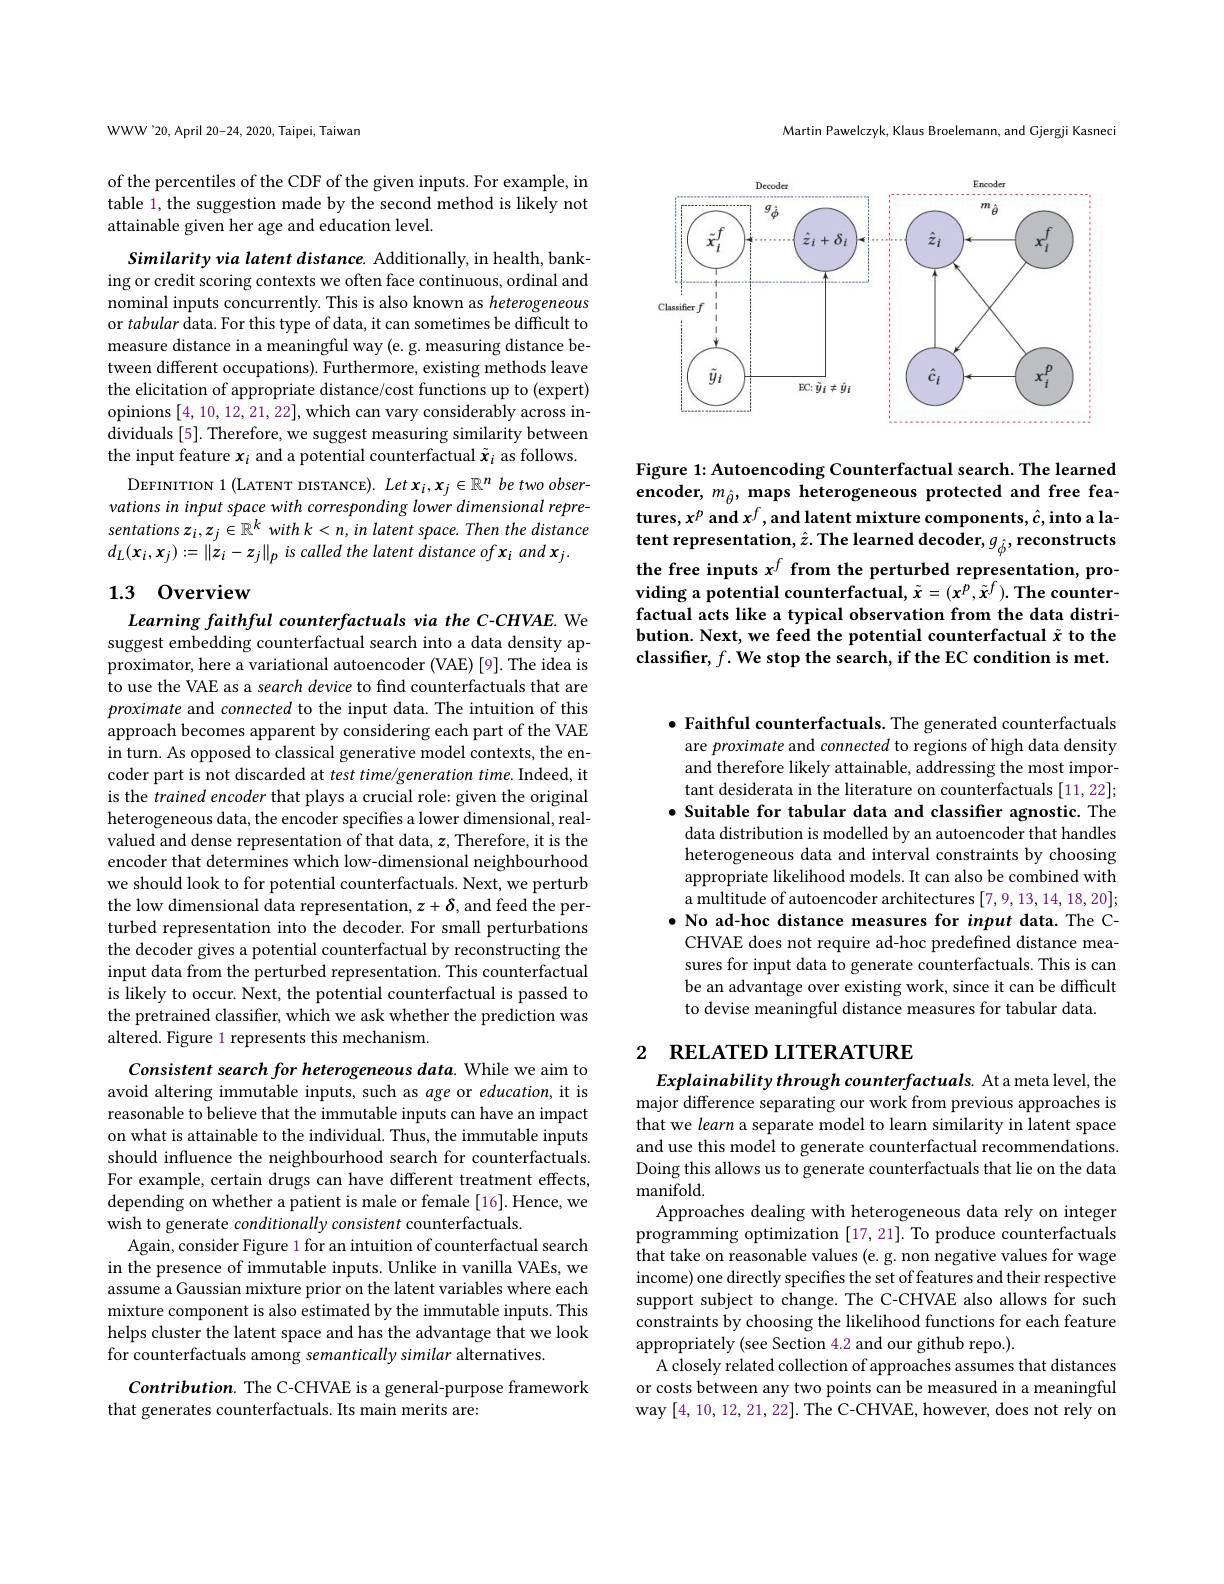
Martin Pawelczyk, Klaus Broelemann, and Cjergji Kasneci

<FigureHere>

Figure 1: Autoencoding Counterfactual search. The learned encoder, $m_{\hat{\theta } }, \textbf{maps heterogeneous protected and free fea- }$ tures, $x^p$ and $x^f$, and latent mixture components$,\hat{c}$,into a latent representation, $\hat{z}.$ The learned decoder, $g_{\hat{\phi}}$, reconstructs the free inputs $x^f$ from the perturbed representation, providing a potential counterfactual, $\tilde{x}=(x^p,\tilde{x}^f).$ The counterfactual acts like a typical observation from the data distribution. Next, we feed the potential counterfactual $\tilde{x}$ to the $\textbf{classifier, }f. \textbf{We stop the search, if the EC condition is met. }$

WWW'20, April 20-24, 2020, Taipei, Taiwan

of the percentiles of the CDF of the given inputs. For example, in table 1, the suggestion made by the second method is likely not attainable given her age and education level.

Similarity via latent distance. Additionally, in health, banking or credit scoring contexts we often face continuous, ordinal and nominal inputs concurrently. This is also known as heterogeneous or tabular data. For this type of data, it can sometimes be difficult to measure distance in a meaningful way (e. g. measuring distance between different occupations). Furthermore, existing methods leave the elicitation of appropriate distance/cost functions up to (expert) opinions [4,10,12,21,22],which can vary considerably across individuals [5]. Therefore, we suggest measuring similarity between the input feature $x_i$ and a potential counterfactual $\tilde{x}_i$ as follows.
DEFINITION 1 (LATENT DISTANCE). Let $x_i, x_j\in \mathbb{R} ^n$ be two observations in input space with corresponding lower dimensional representations $z_i,z_j\in\mathbb{R}^k$ with $k<n,in$ latent space. Then the distance $d_{L}(\boldsymbol{x}_{i},\boldsymbol{x}_{j}):=\|\boldsymbol{z}_{i}-z_{j}\|_{p}$ is called the latent distance of $\boldsymbol{x}_{i}$ and $\boldsymbol{x}_{j}.$

## 1.3 0verview

Learning faithful counterfactuals via the C-CHVAE. We suggest embedding counterfactual search into a data density approximator, here a variational autoencoder (VAE) [9]. The idea is to use the VAE as a search device to find counterfactuals that are proximate and connected to the input data. The intuition of this approach becomes apparent by considering each part of the VAE in turn. As opposed to classical generative model contexts, the encoder part is not discarded at test time/generation time. Indeed, it is the trained encoder that plays a crucial role: given the original heterogeneous data, the encoder specifies a lower dimensional, realvalued and dense representation of that data, $z$,Therefore, it is the encoder that determines which low-dimensional neighbourhood we should look to for potential counterfactuals. Next, we perturb the low dimensional data representation, $z+\delta$, and feed the perturbed representation into the decoder. For small perturbations the decoder gives a potential counterfactual by reconstructing the input data from the perturbed representation. This counterfactual is likely to occur. Next, the potential counterfactual is passed to the pretrained classifier, which we ask whether the prediction was altered. Figure 1 represents this mechanism.

Consistent search for heterogeneous data. While we aim to avoid altering immutable inputs, such as age or education, it is reasonable to believe that the immutable inputs can have an impact on what is attainable to the individual. Thus, the immutable inputs should influence the neighbourhood search for counterfactuals. For example, certain drugs can have different treatment effects, depending on whether a patient is male or female [16]. Hence, we wish to generate conditionally consistent counterfactuals.
Again, consider Figure 1 for an intuition of counterfactual search in the presence of immutable inputs. Unlike in vanilla VAEs, we assume a Gaussian mixture prior on the latent variables where each mixture component is also estimated by the immutable inputs. This helps cluster the latent space and has the advantage that we look for counterfactuals among semantically similar alternatives.

Contribution. The C-CHVAE is a general-purpose framework
that generates counterfactuals. Its main merits are:

$\bullet$ Faithful counterfactuals. The generated counterfactuals are proximate and connected to regions of high data density and therefore likely attainable, addressing the most important desiderata in the literature on counterfactuals [11,22]; $\bullet$ Suitable for tabular data and classifier agnostic. The data distribution is modelled by an autoencoder that handles heterogeneous data and interval constraints by choosing appropriate likelihood models. It can also be combined with a multitude of autoencoder architectures [7,9,13,14,18,20]; $\bullet$ No ad-hoc distance measures for input data. The CCHVAE does not require ad-hoc predefined distance measures for input data to generate counterfactuals. This is can be an advantage over existing work, since it can be difficult to devise meaningful distance measures for tabular data.

# 2 $\textbf{RELATED LITERATURE}$

Explainability through counterfactuals. At a meta level, the major difference separating our work from previous approaches is that we learn a separate model to learn similarity in latent space and use this model to generate counterfactual recommendations. Doing this allows us to generate counterfactuals that lie on the data manifold
Approaches dealing with heterogeneous data rely on integer programming optimization [17,21]. To produce counterfactuals that take on reasonable values (e. g. non negative values for wage income) one directly specifies the set of features and their respective support subject to change. The C-CHVAE also allows for such constraints by choosing the likelihood functions for each feature $\operatorname{appropriately}\left(\text{see Section 4.2 and our github repo.}\right).$
A closely related collection of approaches assumes that distances or costs between any two points can be measured in a meaningful way [4,10,12,21,22]. The C-CHVAE, however, does not rely on